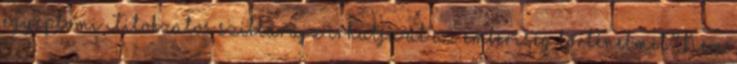
egyiptomi Titokzatos sziklarajz írhatja át az emberiség történelmét? Nem